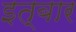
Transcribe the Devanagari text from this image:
इत्बार